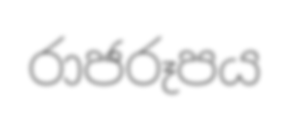
රාජරූපය